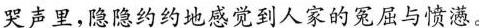
哭声里,隐隐约约地感觉到人家的冤屈与愤懑。